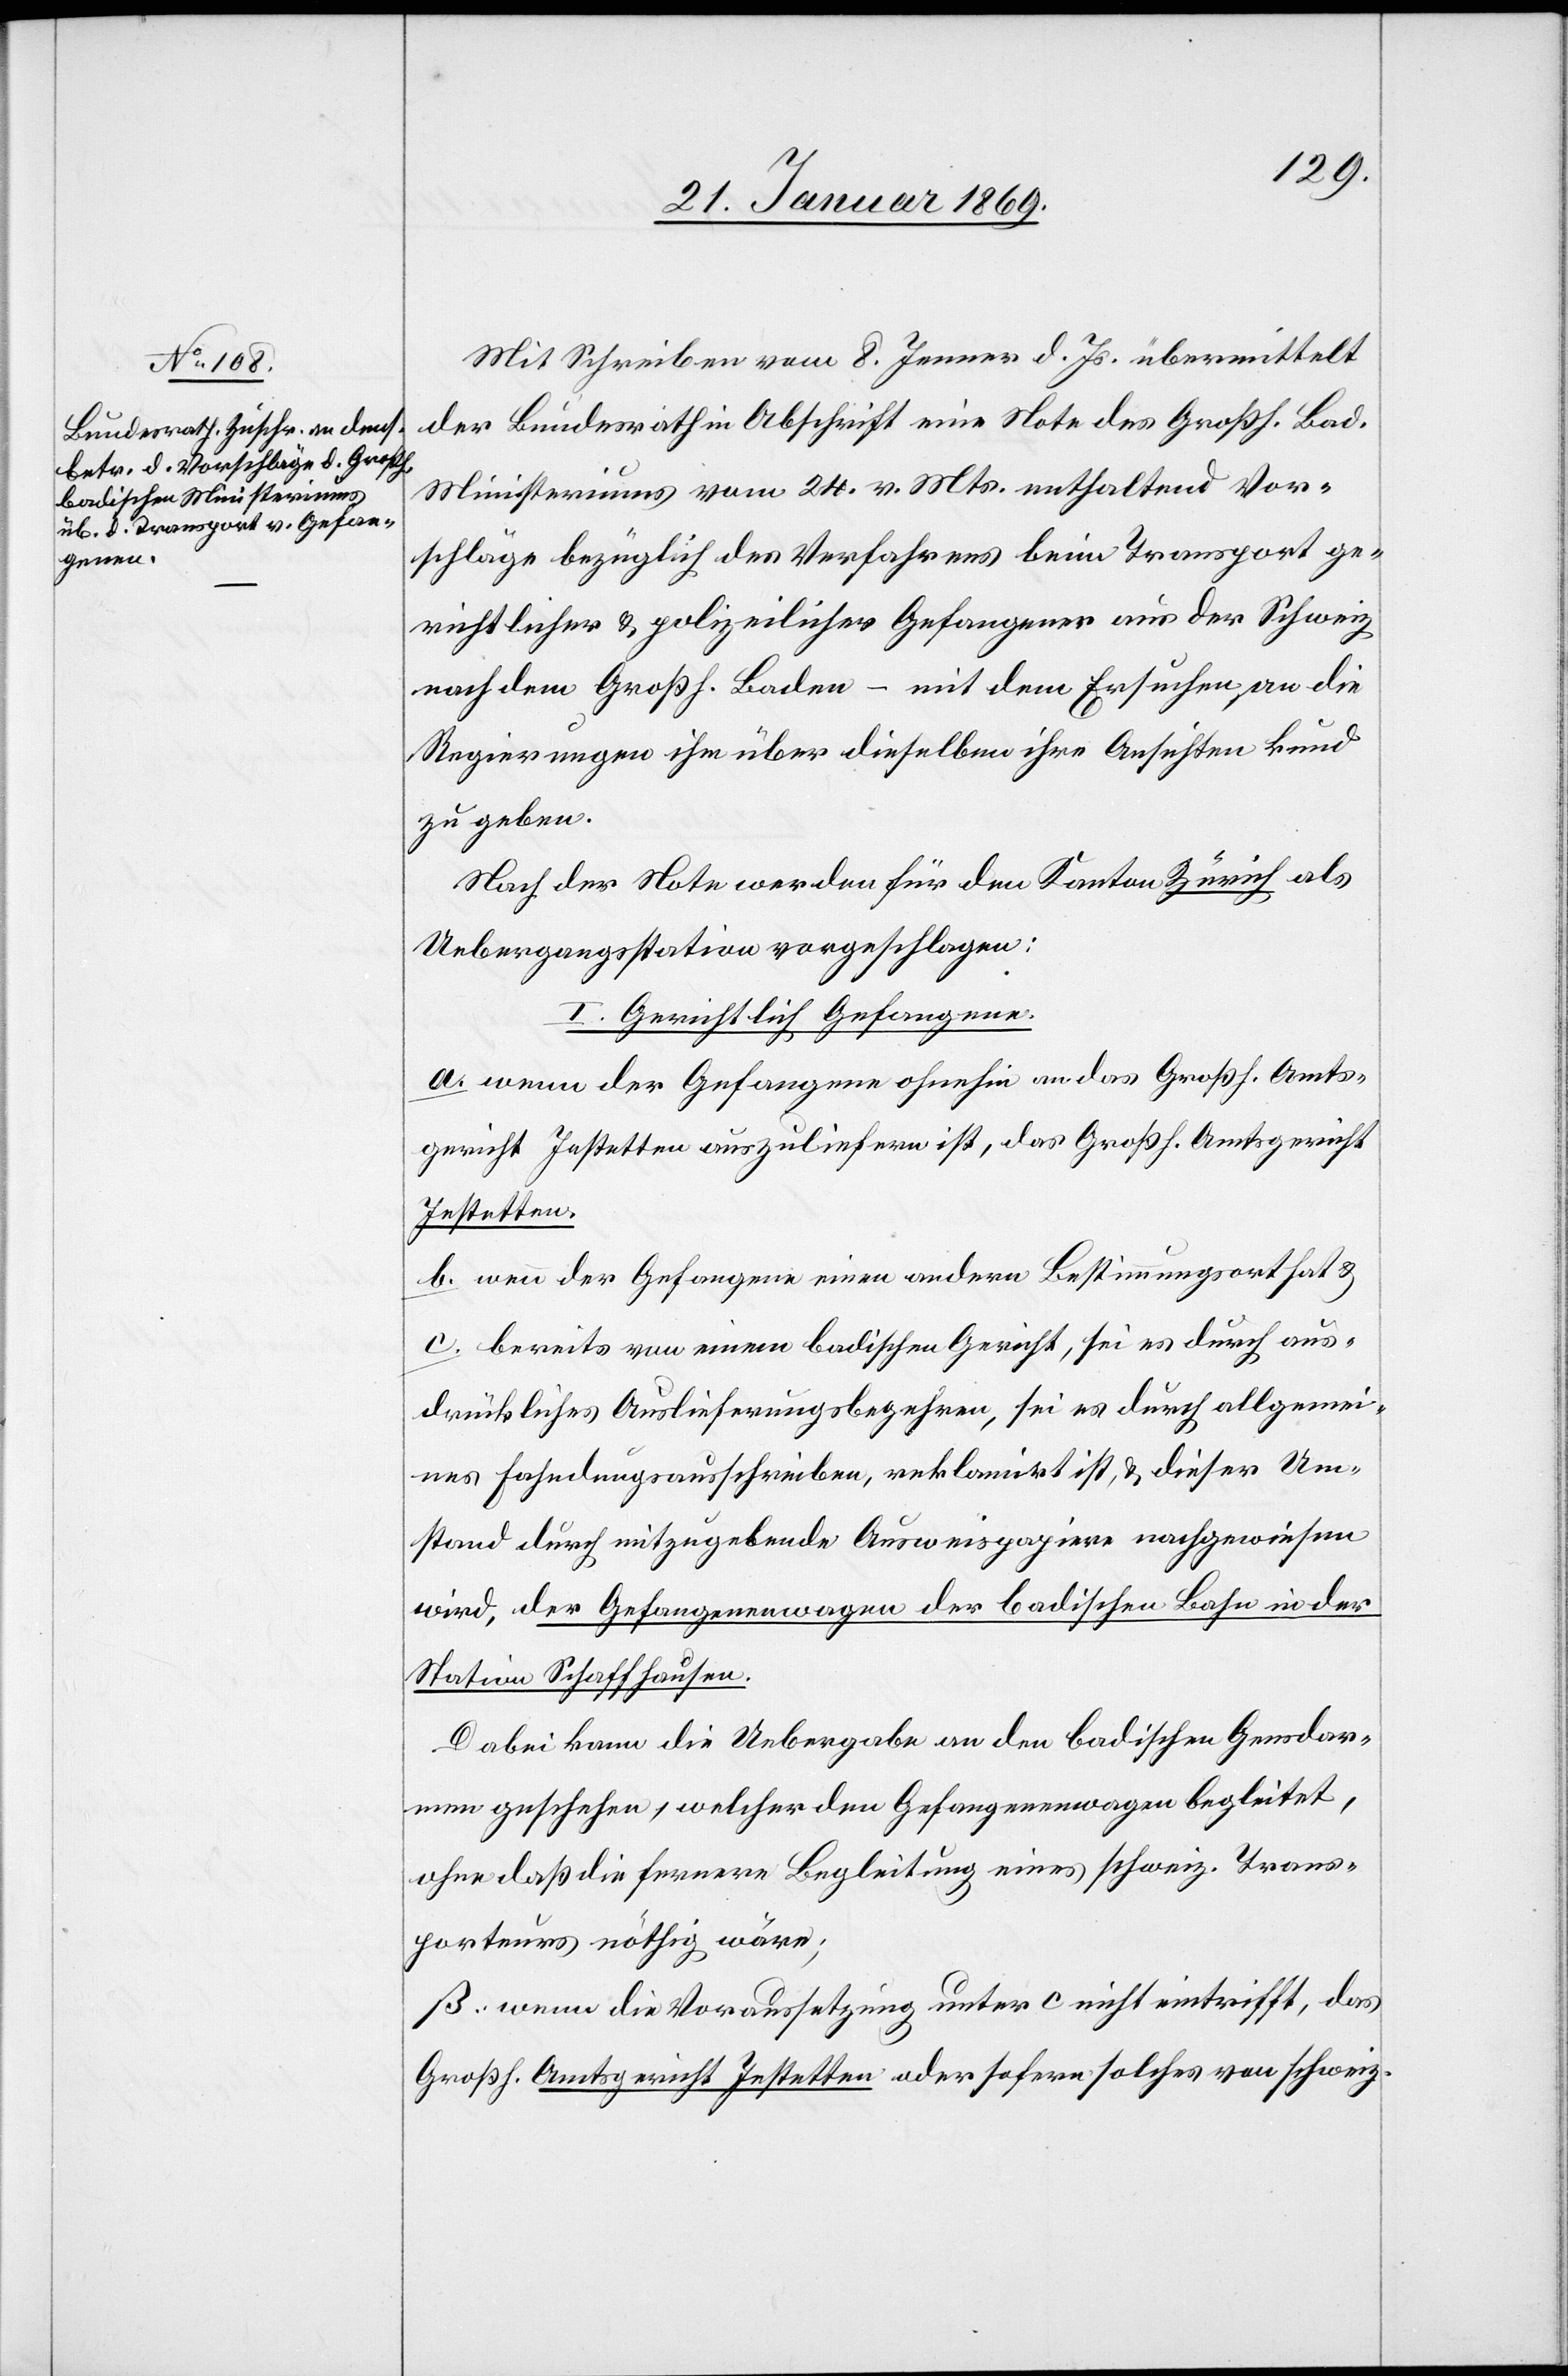
Mit Schreiben vom 8. Jenner d. Js. übermittelt
der Bundesrath in Abschrift eine Note des Großh. Bad.
Ministeriums vom 24. v. Mts. enthaltend Vor¬
schläge bezüglich des Verfahrens beim Transport ge¬
richtlicher & polizeilicher Gefangener aus der Schweiz
nach dem Großh. Baden – mit dem Ersuchen an die
Regierungen ihm über dieselben ihre Ansichten kund
zu geben.
Nach der Note werden für den Kanton Zürich als
Uebergangsstation vorgeschlagen:
I. Gerichtlich Gefangene.
a. wenn der Gefangene ohnehin an das Großh. Amts¬
gericht Jestetten auszuliefern ist, das Großh. Amtsgericht
Jestetten.
b. wenn der Gefangene einen andern Bestimmungsort hat &
c. bereits von einem badischen Gericht, sei es durch aus¬
drückliches Auslieferungsbegehren, sei es durch allgemei¬
nes Fahndungsausschreiben, reklamirt ist, & dieser Um¬
stand durch mitzugebende Ausweispapiere nachgewiesen
wird, der Gefangenenwagen der badischen Bahn in der
Station Schaffhausen.
Dabei kann die Uebergabe an den badischen Gensdarmen
geschehen, welcher den Gefangenenwagen begleitet,
ohne daß die fernere Begleitung eines schweiz. Trans¬
porteurs nöthig wäre;
β. wenn die Voraussetzung unter c nicht eintrifft, das
Großh. Amtsgericht Jestetten oder so fern solches von schweiz.